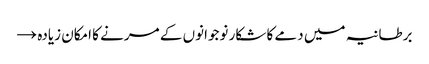
برطانیہ میں دمے کا شکار نوجوانوں کے مرنے کا امکان زیادہ →